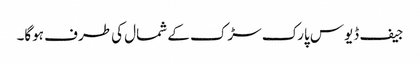
جیف ڈیوس پارک سڑک کے شمال کی طرف ہوگا۔